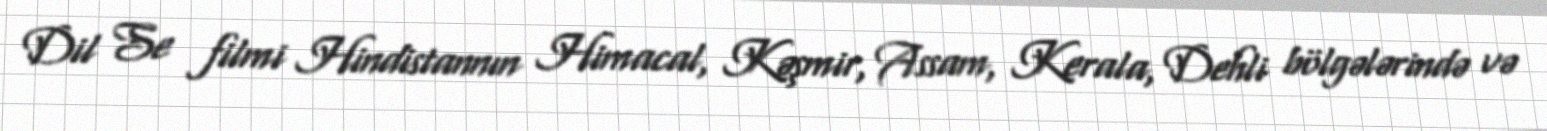
Dil Se filmi Hindistannın Himacal, Kəşmir, Assam, Kerala, Dehli bölgələrində və